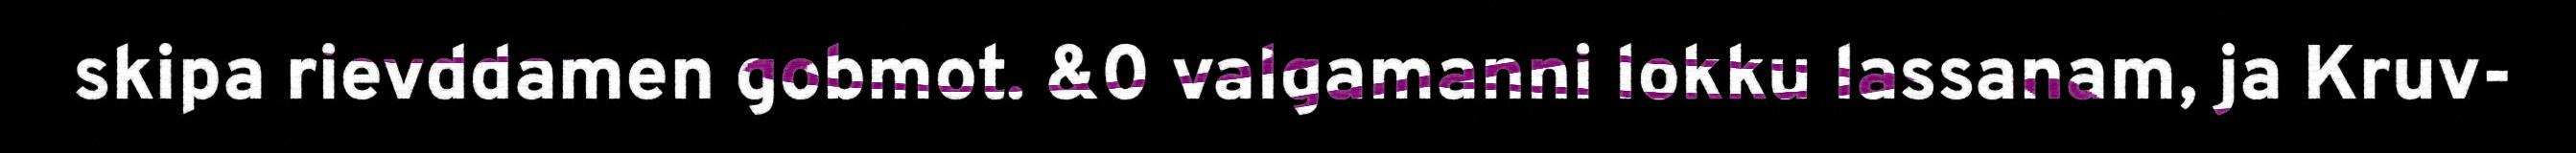
skipa rievddamen gobmot. &0 valgamanni lokku lassanam, ja Kruv-